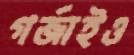
গর্জাইও